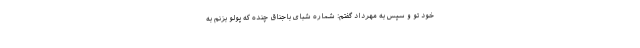
خود تو و سپس به مهرداد گفتم: شماره شبای باجناق چنده که پولو بزنم به